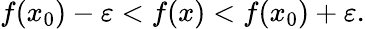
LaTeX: f(x_{0})-\varepsilon<f(x)<f(x_{0})+\varepsilon.